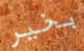
بخير